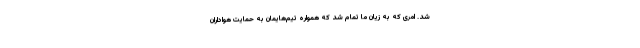
شد. امری که به زیان ما تمام شد که همواره تیم‌هایمان به حمایت هواداران